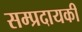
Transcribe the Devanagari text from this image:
सम्प्रदायकी